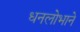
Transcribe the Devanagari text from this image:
धनलोभाने